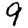
Digit: 9